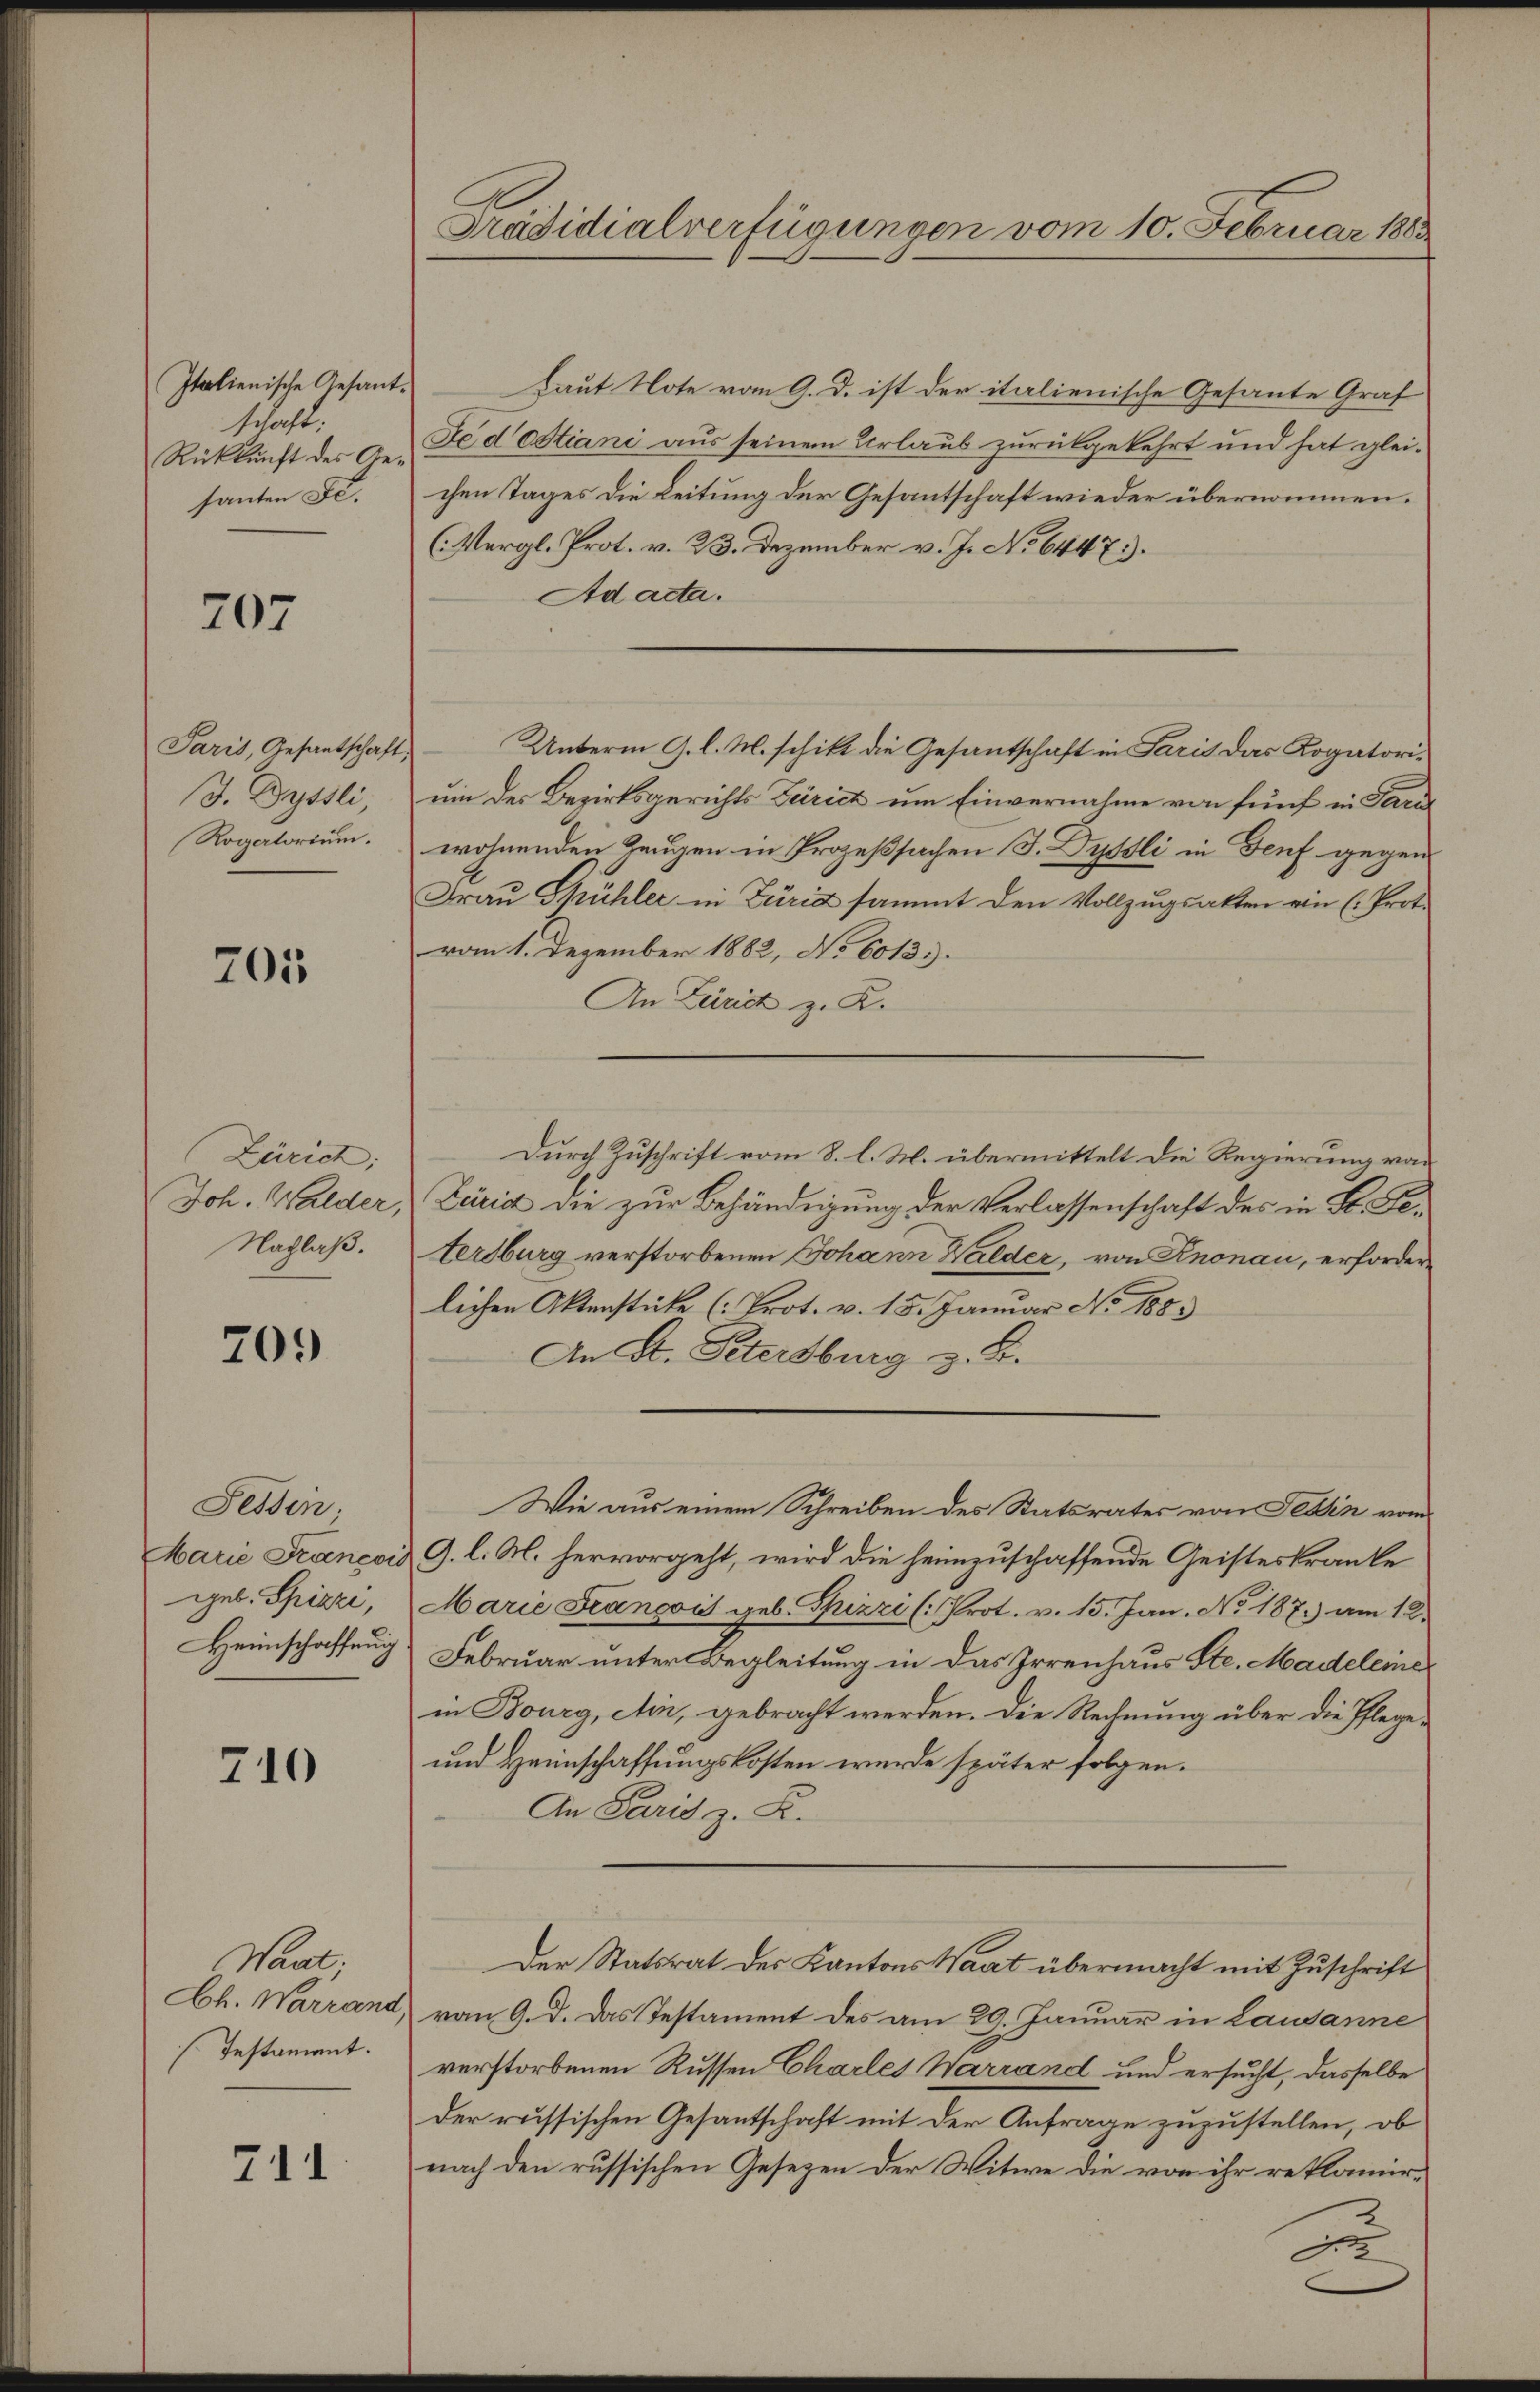
Italienische Gesant.
schaft:
Rückkunft des Gesanten Se.

207

Paris, Gesantschaft,
J. Dyssli,
Rogatorium.

705

Zürich:
Joh. Walder,
Nachlaß.

709

Fessen
Marie Francois
geb. Spizzi,
Heimschaffung

710

Want.
Ch. Warrand
Testament.

741

Präsidialverfügungen vom 10. Februar 1883

Haut Note vom 9. d. ist der italienische Gesante Graf
Fedistiani aus seinem Urlaub zurückgekehrt und hat gleichen Tages die Leitung der Gesantschaft wieder übernommen.
(Mergl. Prot. v. 23. Dezember v. J. No 6447.
Ad acta.
um der Bezirksgerichts Zürich um Einvernahme von fünf in Paral
wohnenden Zeugen in Prozeßsachen J. Dyssli in Genf gegen
Frau Thühler in Zürid sammt den Vollzugsakten ein (Prot.
vom 1. Dezember 1882, No 6013.
An Zürich z. R.
Durch Zuschrift vom 8. l. M. übermittelt die Regierung von
Zärid die zur Behändigung der Verlassenschaft des in B. Setersburg verstorbenen Johann Walder, von Knonau, erforderlichen Aktenstücke (: Prot. v. 15. Januar No 1883
An St. Petersburg z. B.
Wie aus einem Schreiben des Statsrates von Tessin vom
G. l. M. hervorgeht, wird die heimzuschaffende Geisteskranke
Marie François geb. Spizzi (: Prot. v. 15. Jan. No 187. am 12.
Februar unter Begleitung in das Irrenhaus Ste. Madeleiner
in Bourg, ein, gebracht werden. Die Rechnung über die Pflege¬
und Heimschaffungskosten wurde später folgen.
An Paris z. B.
Der Statsrat des Kantons Waat übermacht mit Zuschrift
vom 9. d. Das Testament des am 29. Januar in Lausanne
verstorbenen Russen Charles Warrand und ersucht, dasselbe
der russischen Gesantschaft mit der Anfrage zuzustellen, ob
nach den russischen Gesezen der Witwe die von ihr reklamir¬

Unterm 9. l. M. schikt die Gesantschaft in Paris das Kogatori¬

u